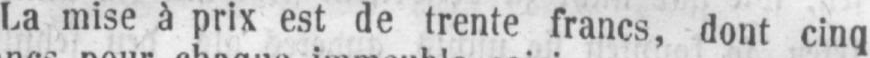
La mise à prix est de trente francs, dont cinq